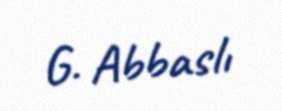
G. Abbaslı